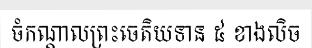
ចំកណ្តាលព្រះចេតិយទាន ៥ ខាងលិច